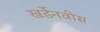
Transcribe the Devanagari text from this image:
खर्डेनवीस